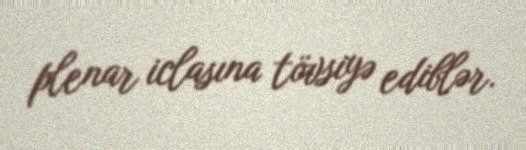
plenar iclasına tövsiyə ediblər.